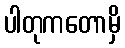
ပါတုကတောမှိ